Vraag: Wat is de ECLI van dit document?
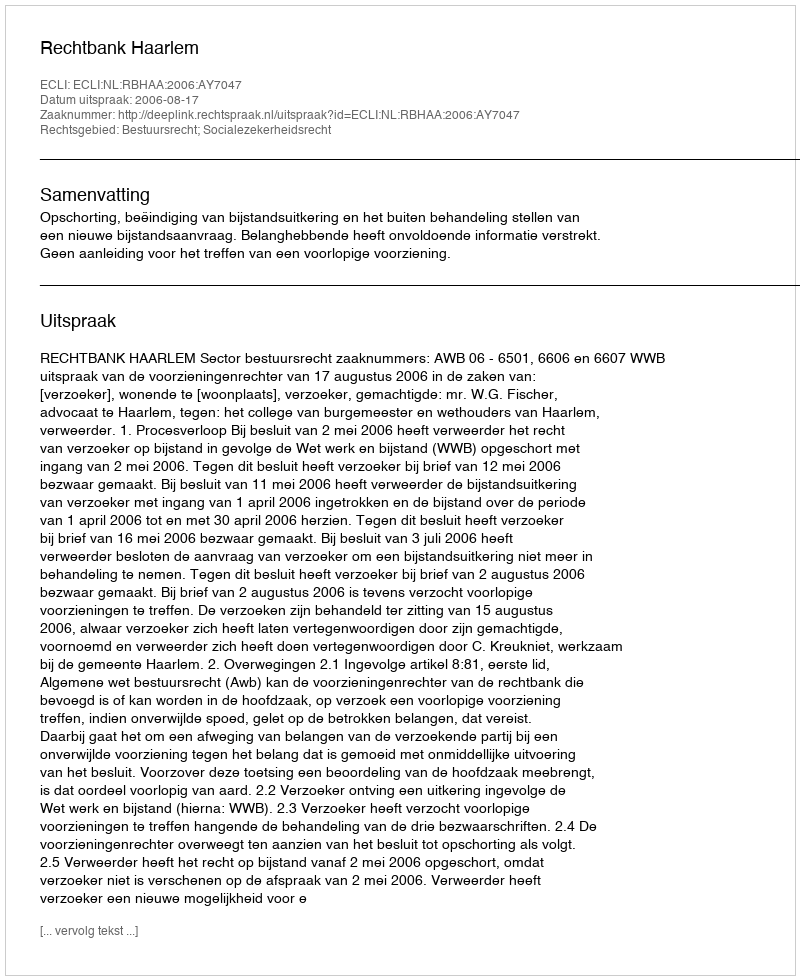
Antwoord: ECLI:NL:RBHAA:2006:AY7047